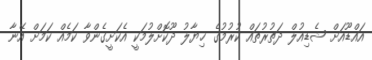
އައްޑޫއަށް ޝެޑިއުލް ދަތުރުތައް ކުރުމުގެ ޚިޔާލު ދޫކޮށްލުމަކީ އެކަށީގެންވާ ކަމެއް ކަމަށް އޭނާ